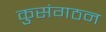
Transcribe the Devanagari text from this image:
कुसंगठन